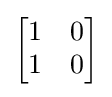
{\begin{bmatrix}1&0\\1&0\end{bmatrix}}